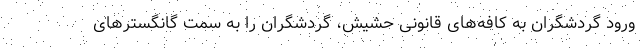
ورود گردشگران به کافه‌های قانونی حشیش، گردشگران را به سمت گانگسترهای